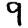
Digit: 9